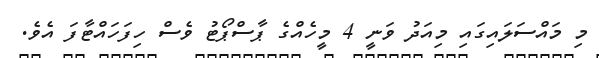
މި މައްސަލައިގައި މިއަދު ވަނީ 4 މީހެއްގެ ޕާސްޕޯޓު ވެސް ހިފަހައްޓާފަ އެވެ.